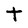
Character: t